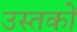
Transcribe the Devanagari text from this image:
उस्तकों